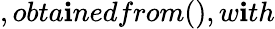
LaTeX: ,obta\mathbf{i}nedfrom(),w\mathbf{i}th